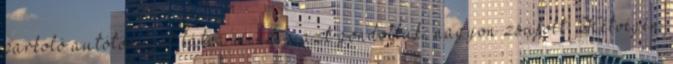
parkoló autótömeget látva mindig azt gondoltuk, nagyon zsúfolt. Hétvégén